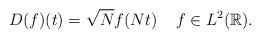
LaTeX: \begin{align*}D(f)(t)=\sqrt{N}f(Nt)\;\;\;\; f\in L^2(\mathbb R). \end{align*}